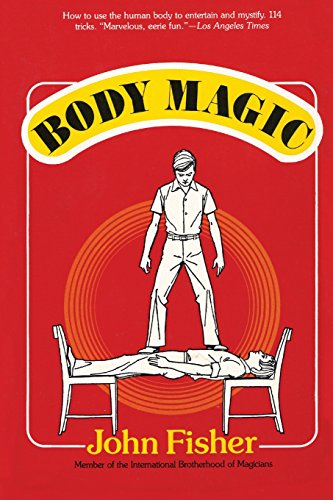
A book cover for Body Magic; John Fisher; Humor & Entertainment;